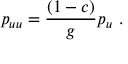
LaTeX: p _ { u u } = { \frac { ( 1 - c ) } { g } } p _ { u } \ .